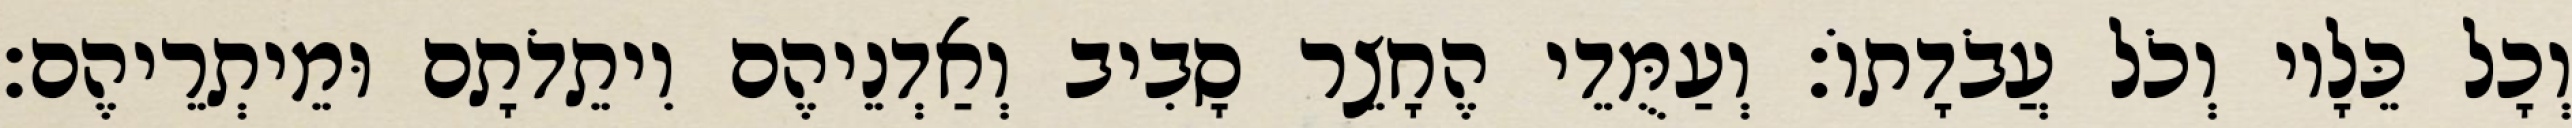
וְכָל כֵּלָיו וְכֹל עֲבֹדָתוֹ׃ וְעַמֻּדֵי הֶחָצֵר סָבִיב וְאַדְנֵיהֶם וִיתֵדֹתָם וּמֵיתְרֵיהֶם׃